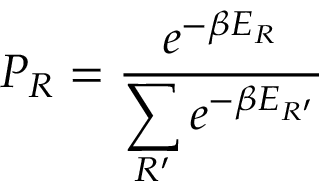
P _ { R } = { \frac { e ^ { - \beta E _ { R } } } { \displaystyle \sum _ { R ^ { \prime } } e ^ { - \beta E _ { R ^ { \prime } } } } }